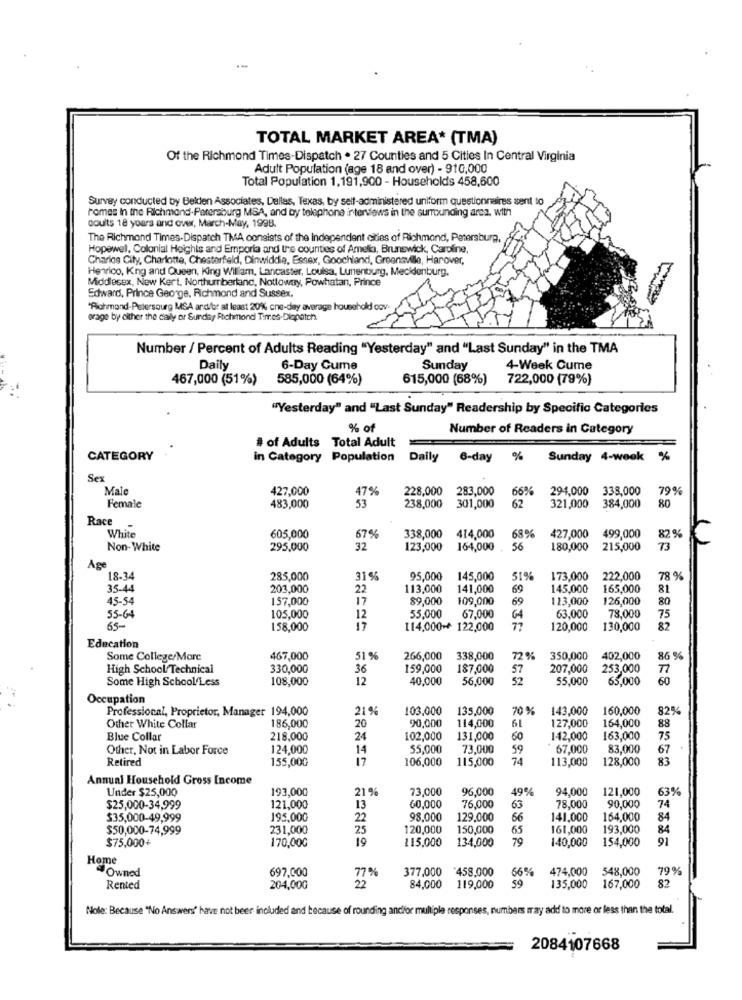
TOTAL MARKET AREA* (TMA)
Of the Richmond Times-Dispatch . 27 Counties and 5 Cities In Central Virginia
Adult Population (age 18 and over) - 910,000
Total Population 1,191,900 - Households 458,600
Survey conducted by Belden Associates, Dallas, Texas, by self-administered uniform questionnaires sent to
homes in the Richmond-Petersburg MSA, and by telephone interviews in the surrounding area. with
couts 18 yours and over, March-May, 1998.
The Richmond Times-Dispatch TMA consists of the Independent cities of Richmond, Petersburg,
Hopewell, Colonial Heights and Emporia and the counties of Amelia, Brunswick, Caroline,
Charlas City, Charlotte, Chesterfield, Dinwiddie, Essex, Goochland, Groenaville, Harover,
Henrico, King and Queen, King William, Lancaster, Louisa, Lunenburg, Mecklenburg.
Middlesex, New Kert. Northumberland, Nottoway, Powhatan, Prince
Edward, Prince George, Richmond and Sussex.
"Pohmond-Petersourg MSA and/or at least 20% cne-day average household cov-
orage by either the daily or Sunday Richmond Times-Diqpatch.
Number / Percent of Adults Reading "Yesterday" and "Last Sunday" in the TMA
Daily
6-Day Gume
Sunday
4-Week Cume
467,000 (51%)
585,000 (64%)
615,000 (68%)
722,000 (79%)
"Yesterday" and "Last Sunday" Readership by Specific Categories
% of
Number of Readers in Category
# of Adults Total Adult
CATEGORY
in Category Population
Daily
6-day %
Sunday 4-week
Sex
Male
427,000
17%
228,000
283,000
66%
294,000
338,000
79%
80
Female
483,000
53
238,000
301,000
62
321,000
384,000
Race
White
605,000
57%
338,000
414,000
68%
427,000
499,000
82%
Non-White
295,000
32
123,000
164,000
56
180,000
215,000
73
Age
18-34
285,000
31%
95,000
145,000
51%
173,000
222,000
78
35-44
203,000
22
113,000
141,000
69
145,000
165,000
81
45-54
157,000
17
89,000
109,000
69
123,000
126,000
80
105,000
63,000
78,000
55-64
12
55,000
67,000
04
75
65-
158,000
17
[14,000++ 122,000
77
120,000
130,000
87
Education
Some College/More
467,000
51 %
266,000
338,000
72 %
350,000
402,000
86 %
High School/ Technical
330,000
36
159,000
187,000
57
207,000
253,000
Some High School Less
108,000
12
40,000
56,000
52
55,000
65,000
60
Occupation
Professional, Proprietor, Manager 194,000
21%
103.000
135,000
70%
143,000
160,000
82%
186,000
90,000
114,000
6L
127,000
164,000
Other White Collar
20
88
Blue Collar
218,000
24
102,000
131,000
60
142,000
163,000
75
Other, Not in Labor Force
124,000
14
55,000
73.000
59
67,000
83,000
67
Retired
155,000
17
106,000
115,000
74
113,000
128,000
83
Annual Household Gross Income
Under $25,000
193,000
21 %
73,000
96,000
49%
94,000
121,000
63%
121,000
60,000
$25,000-34,999
13
76,000
63
78,000
90,000
74
$35,000-49,999
195,000
22
98.000
129.000
66
141,000
164,000
84
$50,000-74,999
231,000
25
120,000
150,000
65
161,000
193,000
84
$75,000+
170,000
19
115,000
134,000
70
140,000
154,000
91
Home
4Owned
697,000
377,000
458.000
66%
474,000
548,000
79%
7%
59
82
Rented
204,000
22
84,000
119,000
135,000
167,000
Nolle: Because "No Answers" have not beer included and because of rounding andfor multiple responses, numbers may add to more or less than the total.
2084107668